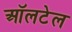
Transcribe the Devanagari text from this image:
ऑलटेल